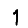
Digit: 1